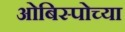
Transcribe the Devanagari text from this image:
ओबिस्पोच्या